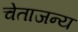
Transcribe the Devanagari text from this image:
चेताजन्य